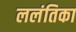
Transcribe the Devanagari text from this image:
ललंतिका